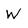
Character: W